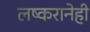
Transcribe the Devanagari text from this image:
लष्करानेही